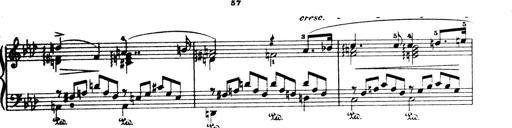
Title: Wagner-Liszt Album
Composer: Franz Liszt